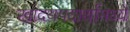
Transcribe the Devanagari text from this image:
खादयपदार्थामध्ये